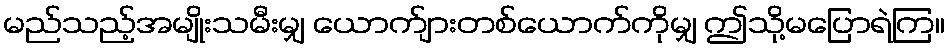
မည်သည့်အမျိုးသမီးမျှ ယောက်ျားတစ်ယောက်ကိုမျှ ဤသို့မပြောရဲကြ။